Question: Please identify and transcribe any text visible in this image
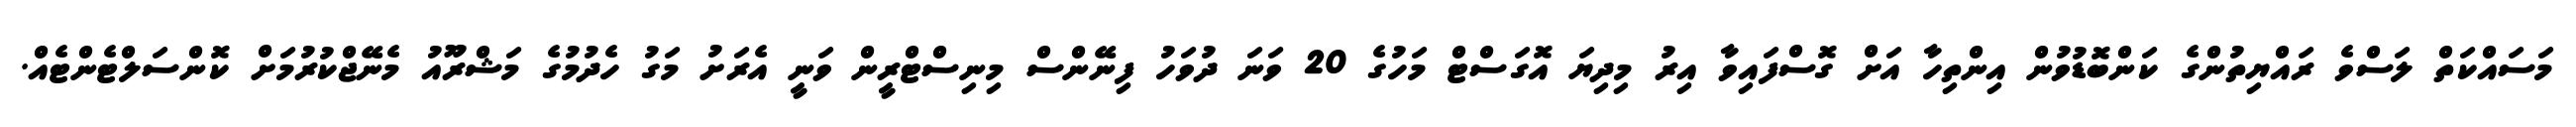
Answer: މަސައްކަތް ލަސްވެ ރައްޔިތުންގެ ކަންބޮޑުވުން އިންތިހާ އަށް ގޮސްފައިވާ އިރު މިދިޔަ އޮގަސްޓް މަހުގެ 20 ވަނަ ދުވަހު ފިނޭންސް މިނިސްޓްރީން ވަނީ އެރަށު މަގު ހެދުމުގެ މަޝްރޫއު މެނޭޖްކުރުމަށް ކޮންސަލްޓެންޓެއް.